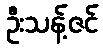
ဦးသန့်ဇင်